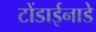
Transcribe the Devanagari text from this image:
टोंडाईनाडे